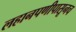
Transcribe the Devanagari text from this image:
लहानपणीपासूनच